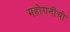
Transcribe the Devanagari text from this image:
महोगनींची